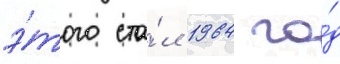
э́того ста́л 1964 го́д